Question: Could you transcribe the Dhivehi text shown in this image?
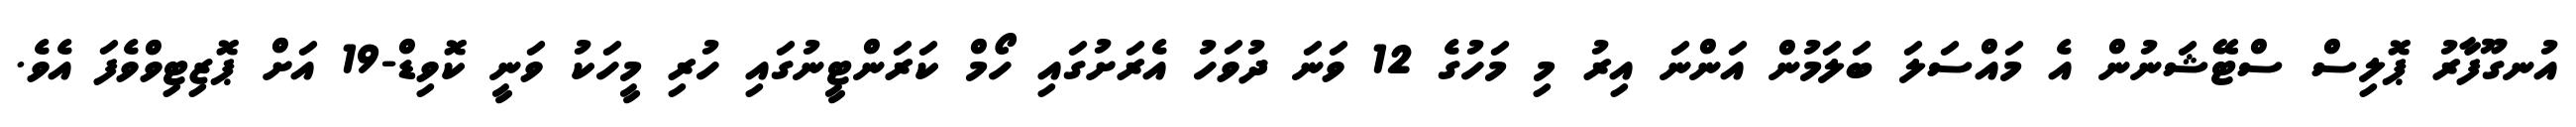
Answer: އުނގޫފާރު ޕޮލިސް ސްޓޭޝަނުން އެ މައްސަލަ ބަލަމުން އަންނަ އިރު މި މަހުގެ 12 ވަނަ ދުވަހު އެރަށުގައި ހޯމް ކަރަންޓީނުގައި ހުރި މީހަކު ވަނީ ކޮވިޑް-19 އަށް ޕޮޒިޓިވްވެފަ އެވެ.